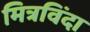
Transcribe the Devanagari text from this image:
मित्रविंदा